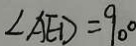
\angle A E D = 9 0 ^ { \circ }